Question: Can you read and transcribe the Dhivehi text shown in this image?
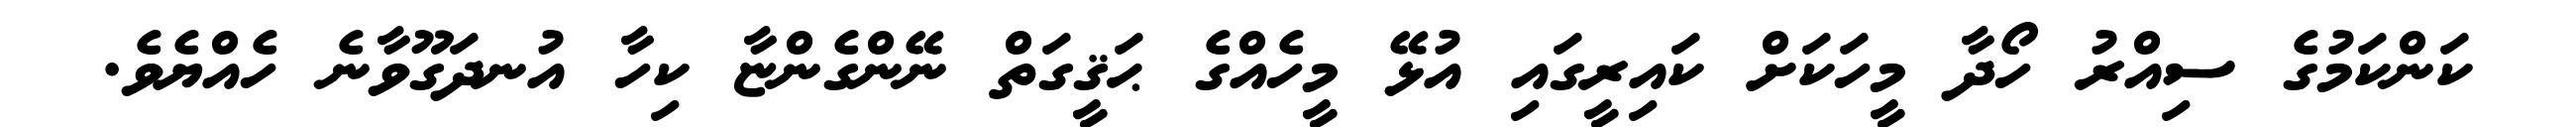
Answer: ކަންކަމުގެ ސިއްރު ހޯދާ މީހަކަށް ކައިރީގައި އުޅޭ މީހެއްގެ ޙަޤީގަތް ނޭންގެންޏާ ކިހާ އުނދަގޫވާނެ ހެއްޔެވެ.